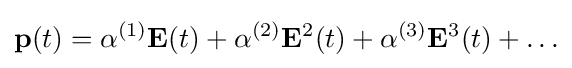
\mathbf {p} (t)=\alpha ^{(1)}\mathbf {E} (t)+\alpha ^{(2)}\mathbf {E} ^{2}(t)+\alpha ^{(3)}\mathbf {E} ^{3}(t)+\ldots